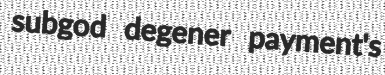
subgod degener payment's